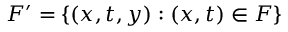
F ^ { \prime } = \{ ( x , t , y ) : ( x , t ) \in F \}